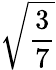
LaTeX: \sqrt{\frac{3}{7}}